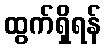
ထွက်ရှိရန်